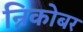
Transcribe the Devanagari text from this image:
न्निकोबर